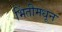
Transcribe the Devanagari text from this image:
भिंतीमधून